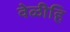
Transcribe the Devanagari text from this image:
वेळीहि